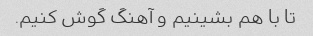
تا با هم بشینیم و آهنگ گوش کنیم.